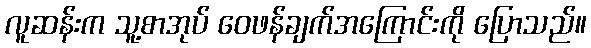
လူဆန်းက သူ့စာအုပ် ဝေဖန်ချက်အကြောင်းကို ပြောသည်။